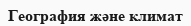
География және климат